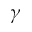
\gamma